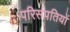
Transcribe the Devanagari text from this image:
परिसंपतियों